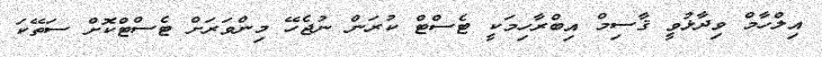
އިލްހާމް ވިދާޅުވީ ޤާސިމް އިބްރާހިމަކީ ޓެސްޓް ކުރަން ނުޖެހޭ މިންވަަރަށް ޓެސްޓްކޮށް ސަތޭކަ